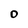
Character: O